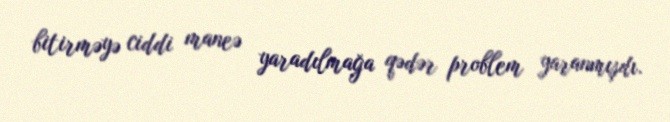
bitirməyə ciddi maneə yaradılmağa qədər problem yaranmışdı.